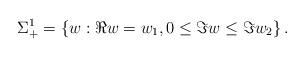
LaTeX: \begin{align*} \Sigma_{+}^{1} = \left\{w: \Re w= w_{1}, 0 \leq \Im w \leq \Im w_2\right\}. \end{align*}